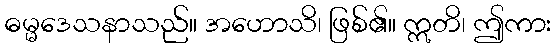
ဓမ္မဒေသနာသည်။ အဟောသိ၊ ဖြစ်၏။ ဣတိ၊ ဤကား